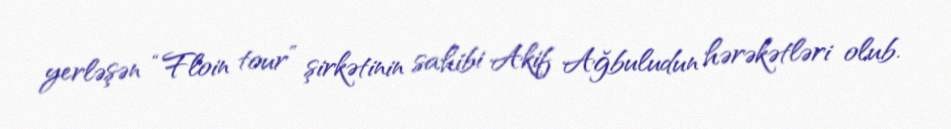
yerləşən “Floin tour” şirkətinin sahibi Akif Ağbuludun hərəkətləri olub.